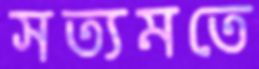
সত্যমতে